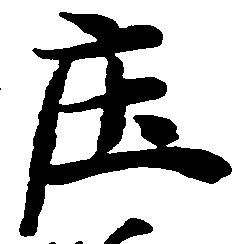
庄